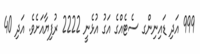
999 އަދި ޑައިނިންގ ސެޓެއްގެ އަގު އުޅެނީ 2222 ރުފިޔާއަށެވެ. އަދި 40